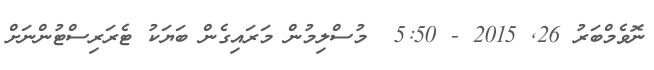
ނޮވެމްބަރު 26